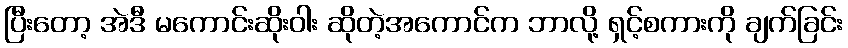
ပြီးတော့ အဲဒီ မကောင်းဆိုးဝါး ဆိုတဲ့အကောင်က ဘာလို့ ရှင့်စကားကို ချက်ခြင်း